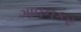
ગાવનકર